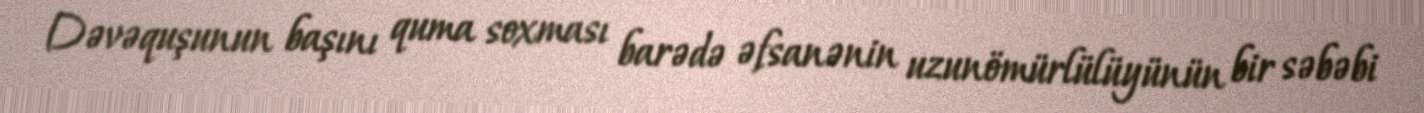
Dəvəquşunun başını quma soxması barədə əfsanənin uzunömürlülüyünün bir səbəbi